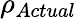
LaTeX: \rho_{Actual}\,